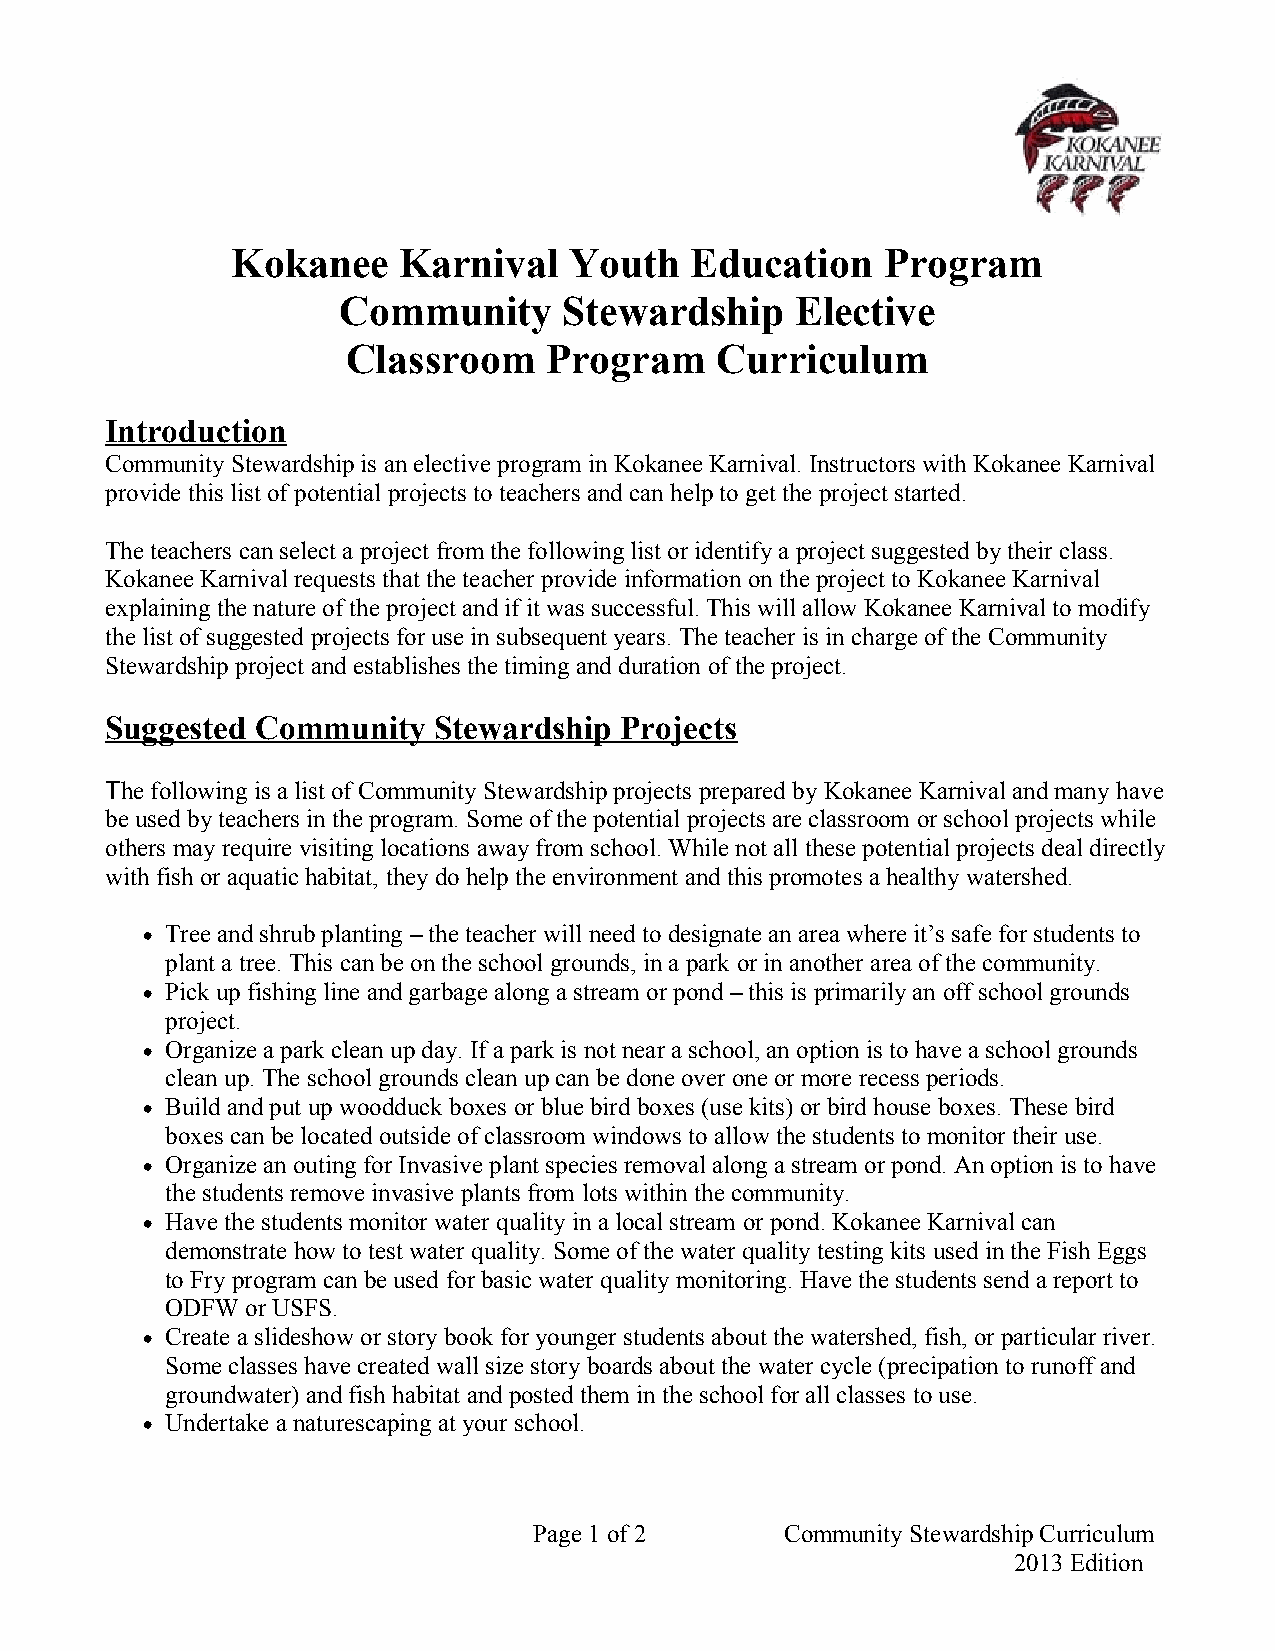
Kokanee    Karnival    Youth   Education    Program
 Community      Stewardship     Elective
 Classroom    Program    Curriculum
 Introduction
 Community Stewardship is an elective program in Kokanee Karnival. Instructors with Kokanee Karnival
 provide this list of potential projects to teachers and can help to get the project started.
 The teachers can select a project from the following list or identify a project suggested by their class.
 Kokanee Karnival requests that the teacher provide information on the project to Kokanee Karnival
 explaining the nature of the project and if it was successful. This will allow Kokanee Karnival to modify
 the list of suggested projects for use in subsequent years. The teacher is in charge of the Community
 Stewardship project and establishes the timing and duration of the project.
 Suggested Community   Stewardship Projects
 The following is a list of Community Stewardship projects prepared by Kokanee Karnival and many have
 be used by teachers in the program. Some of the potential projects are classroom or school projects while
 others may require visiting locations away from school. While not all these potential projects deal directly
 with fish or aquatic habitat, they do help the environment and this promotes a healthy watershed.
 • Tree and shrub planting – the teacher will need to designate an area where it’s safe for students to
 plant a tree. This can be on the school grounds, in a park or in another area of the community.
 • Pick up fishing line and garbage along a stream or pond – this is primarily an off school grounds
 project.
 • Organize a park clean up day. If a park is not near a school, an option is to have a school grounds
 clean up. The school grounds clean up can be done over one or more recess periods.
 • Build and put up woodduck boxes or blue bird boxes (use kits) or bird house boxes. These bird
 boxes can be located outside of classroom windows to allow the students to monitor their use.
 • Organize an outing for Invasive plant species removal along a stream or pond. An option is to have
 the students remove invasive plants from lots within the community.
 • Have the students monitor water quality in a local stream or pond. Kokanee Karnival can
 demonstrate how to test water quality. Some of the water quality testing kits used in the Fish Eggs
 to Fry program can be used for basic water quality monitoring. Have the students send a report to
 ODFW or USFS.
 • Create a slideshow or story book for younger students about the watershed, fish, or particular river.
 Some classes have created wall size story boards about the water cycle (precipation to runoff and
 groundwater) and fish habitat and posted them in the school for all classes to use.
 • Undertake a naturescaping at your school.
 Page 1 of 2      Community Stewardship Curriculum
 2013 Edition